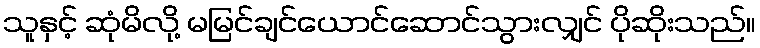
သူနှင့် ဆုံမိလို့ မမြင်ချင်ယောင်ဆောင်သွားလျှင် ပိုဆိုးသည်။